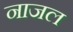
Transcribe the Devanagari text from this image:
नाजल